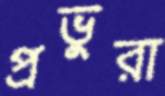
প্রভুরা